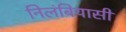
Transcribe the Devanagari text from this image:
निलंबियासी